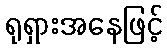
ရုရှားအနေဖြင့်